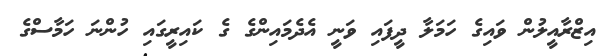
އިޒްރާއީލުން ވައިގެ ހަމަލާ ދީފައި ވަނީ އެދެމައިންގެ ގެ ކައިރީގައި ހުންނަ ހަމާސްގެ